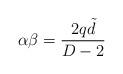
LaTeX: \begin{align*}\alpha\beta=\frac{2q\tilde d}{D-2}\end{align*}